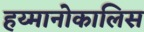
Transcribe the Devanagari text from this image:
हय्मानोकालिस